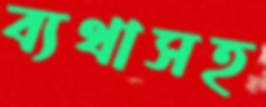
ব্যথাসহ